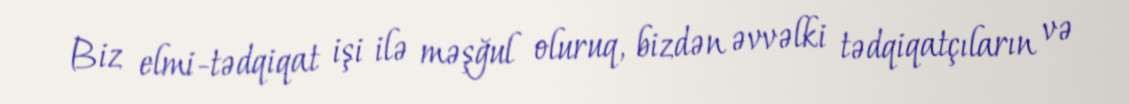
Biz elmi-tədqiqat işi ilə məşğul oluruq, bizdən əvvəlki tədqiqatçıların və